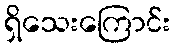
ရှိသေးကြောင်း